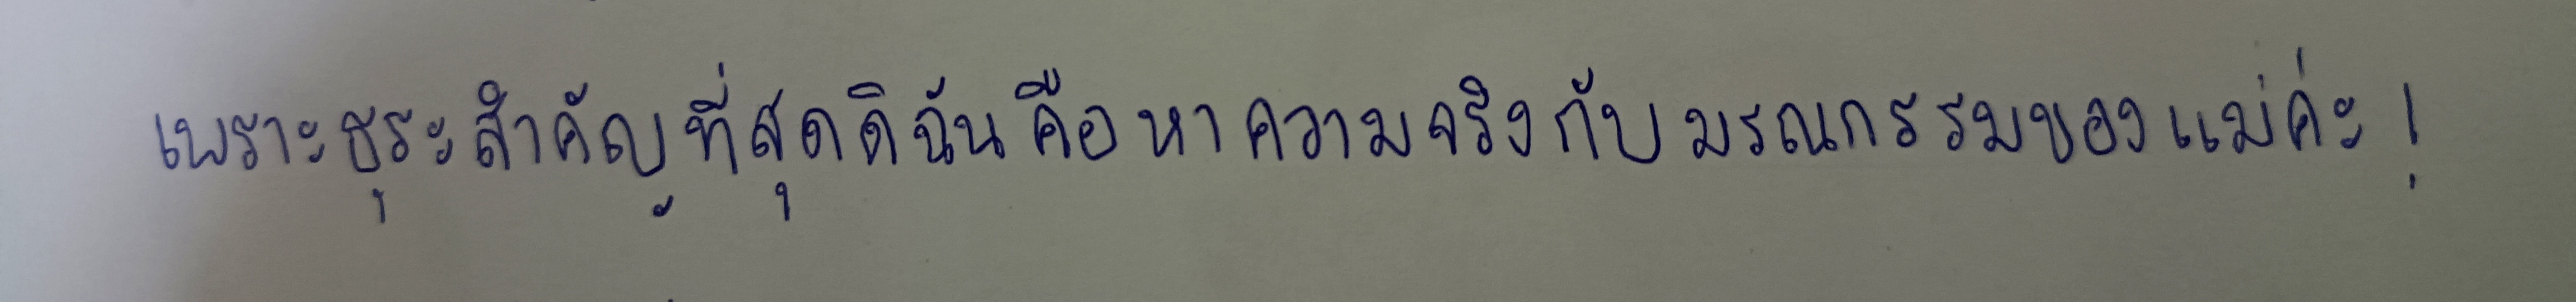
เพราะธุระสำคัญที่สุดดิฉันคือหาความจริงกับมรณกรรมของแม่ค่ะ!